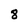
Character: 8